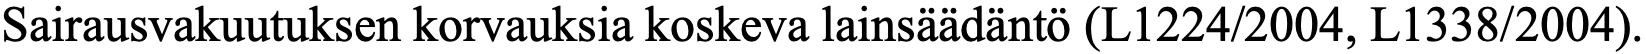
Sairausvakuutuksen korvauksia koskeva lainsäädäntö (L1224/2004, L1338/2004).